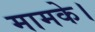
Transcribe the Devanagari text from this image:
मामके।